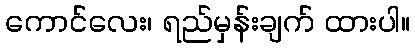
ကောင်လေး၊ ရည်မှန်းချက် ထားပါ။